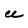
Character: U